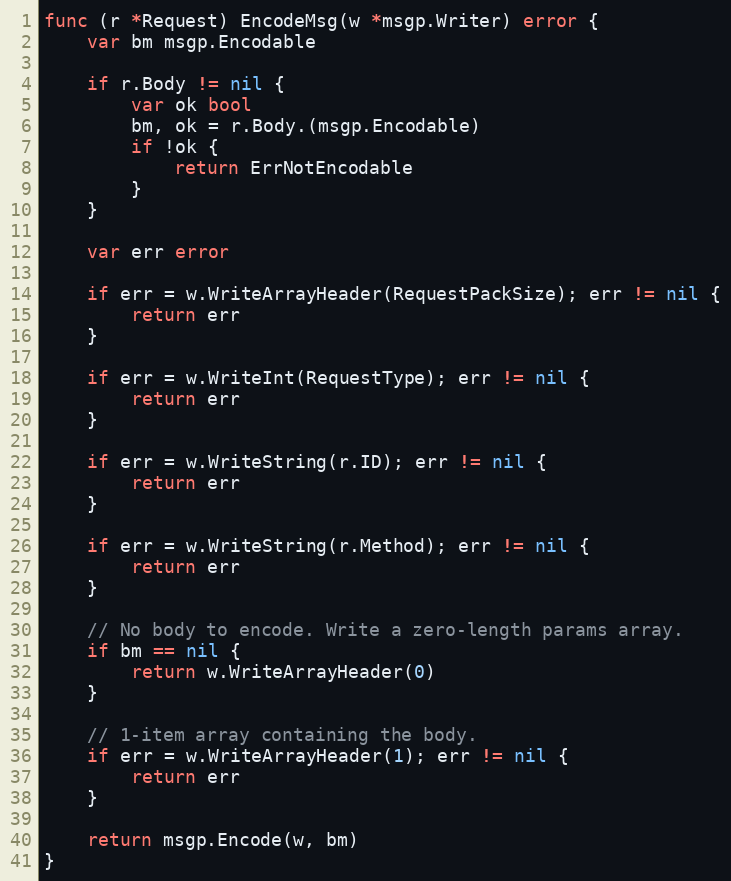
Language: Go
func (r *Request) EncodeMsg(w *msgp.Writer) error {
	var bm msgp.Encodable

	if r.Body != nil {
		var ok bool
		bm, ok = r.Body.(msgp.Encodable)
		if !ok {
			return ErrNotEncodable
		}
	}

	var err error

	if err = w.WriteArrayHeader(RequestPackSize); err != nil {
		return err
	}

	if err = w.WriteInt(RequestType); err != nil {
		return err
	}

	if err = w.WriteString(r.ID); err != nil {
		return err
	}

	if err = w.WriteString(r.Method); err != nil {
		return err
	}

	// No body to encode. Write a zero-length params array.
	if bm == nil {
		return w.WriteArrayHeader(0)
	}

	// 1-item array containing the body.
	if err = w.WriteArrayHeader(1); err != nil {
		return err
	}

	return msgp.Encode(w, bm)
}